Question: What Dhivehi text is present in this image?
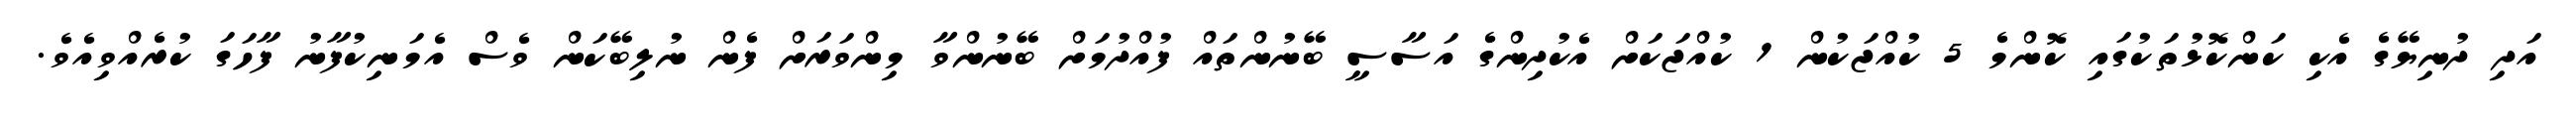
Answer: އަދި ދުނިޔޭގެ އެކި ކަންކޮޅުތަކުގައި ކޮންމެ 5 ކުއްޖަކުން 1 ކުއްޖަކަށް އެކުދިންގެ އަސާސީ ބޭނުންތައް ފުއްދުމަށް ބޭނުންވާ މިންވަރަށް ފެން ނުލިބޭކަން ވެސް އެމަނިކުފާނު ފާހަގަ ކުރެއްވިއެވެ.